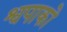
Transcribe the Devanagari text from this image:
श्वपाको